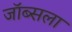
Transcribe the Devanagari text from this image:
जॉब्सला